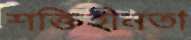
শক্তিহীনতা